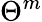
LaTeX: \Theta^{m}